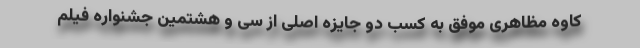
کاوه مظاهری موفق به کسب دو جایزه اصلی از سی و هشتمین جشنواره فیلم